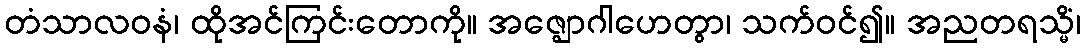
တံသာလဝနံ၊ ထိုအင်ကြင်းတောကို။ အဇ္ဈောဂါဟေတွာ၊ သက်ဝင်၍။ အညတရသ္မိံ၊